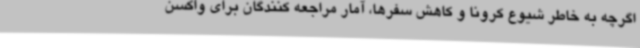
اگرچه به خاطر شیوع کرونا و کاهش سفرها، آمار مراجعه کنندگان برای واکسن